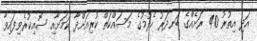
އަދި އިތުރު 40 ރަށެއްގެ ބަނދަރު ހެދުމުގެ މަސައްކަތް ކުރިއަށްދާ ކަމަށާއި ސޮއިކުރެވިފައިވާ